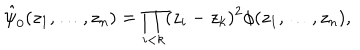
\hat { \psi } _ { 0 } ( z _ { 1 } , \ldots , z _ { n } ) = \prod _ { i < k } ( z _ { i } - z _ { k } ) ^ { 2 } \phi ( z _ { 1 } , \ldots , z _ { n } ) ,